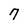
Character: 7